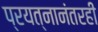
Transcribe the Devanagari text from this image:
प्रयत्नानंतरही